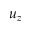
u _ { z }